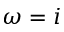
\omega = i